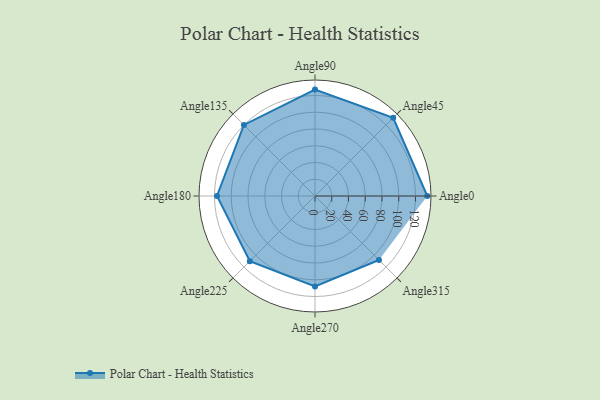
{"axis": {"x": "Angle", "y": "Radius"}, "legend": [""], "data": [{"x": "Angle0", "y": 134.0, "type": ""}, {"x": "Angle45", "y": 132.0, "type": ""}, {"x": "Angle90", "y": 127.0, "type": ""}, {"x": "Angle135", "y": 120.0, "type": ""}, {"x": "Angle180", "y": 117.0, "type": ""}, {"x": "Angle225", "y": 110.0, "type": ""}, {"x": "Angle270", "y": 108.0, "type": ""}, {"x": "Angle315", "y": 108.0, "type": ""}]}